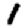
Digit: 1